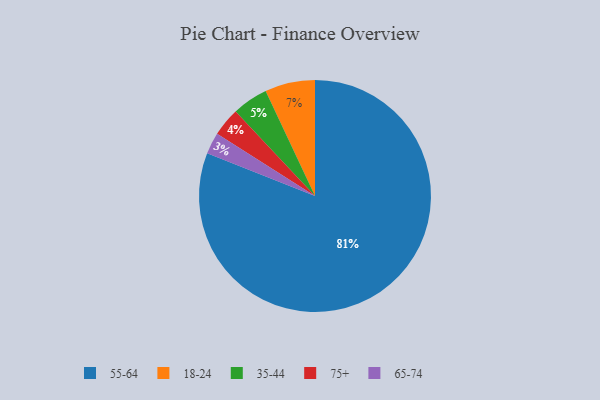
{"axis": {"x": "Category", "y": "Percentage"}, "legend": ["18-24", "35-44", "55-64", "65-74", "75+"], "data": [{"x": "18-24", "y": 7, "type": "18-24"}, {"x": "55-64", "y": 81, "type": "55-64"}, {"x": "75+", "y": 4, "type": "75+"}, {"x": "65-74", "y": 3, "type": "65-74"}, {"x": "35-44", "y": 5, "type": "35-44"}]}